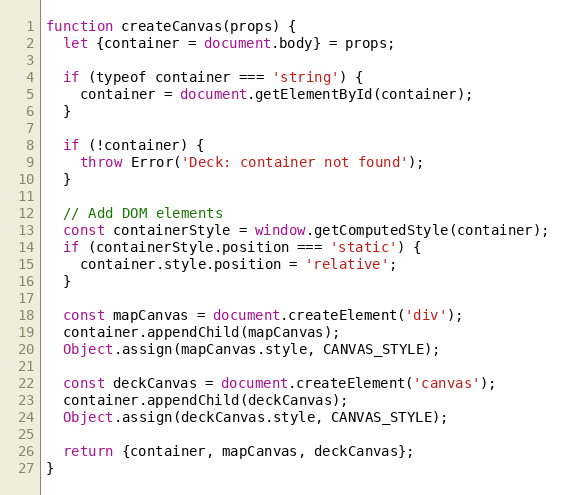
Language: JavaScript
function createCanvas(props) {
  let {container = document.body} = props;

  if (typeof container === 'string') {
    container = document.getElementById(container);
  }

  if (!container) {
    throw Error('Deck: container not found');
  }

  // Add DOM elements
  const containerStyle = window.getComputedStyle(container);
  if (containerStyle.position === 'static') {
    container.style.position = 'relative';
  }

  const mapCanvas = document.createElement('div');
  container.appendChild(mapCanvas);
  Object.assign(mapCanvas.style, CANVAS_STYLE);

  const deckCanvas = document.createElement('canvas');
  container.appendChild(deckCanvas);
  Object.assign(deckCanvas.style, CANVAS_STYLE);

  return {container, mapCanvas, deckCanvas};
}